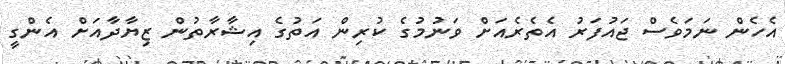
އެހެން ނަމަވެސް ޖައުފަރު އެތެރެއަށް ވަނުމުގެ ކުރިން އަތުގެ އިޝާރާތުން ޒިޔާދާއަށް އެންގީ